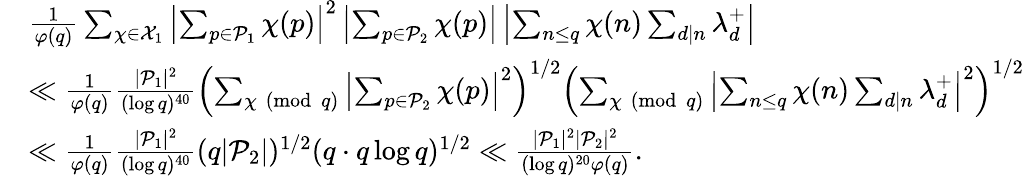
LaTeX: \begin{array}{rl}&{\frac{1}{\varphi(q)}\sum_{\substack{\chi\in\mathcal{X}_{1}}}\left|\sum_{p\in\mathcal{P}_{1}}\chi(p)\right|^{2}\left|\sum_{p\in\mathcal{P}_{2}}\chi(p)\right|\left|\sum_{n\leq q}\chi(n)\sum_{d\mid n}\lambda_{d}^{+}\right|}\\ &{\ll\frac{1}{\varphi(q)}\frac{|\mathcal{P}_{1}|^{2}}{(\log q)^{40}}\left(\sum_{\substack{\chi\pmod q}}\left|\sum_{p\in\mathcal{P}_{2}}\chi(p)\right|^{2}\right)^{1/2}\left(\sum_{\chi\pmod{q}}\left|\sum_{n\leq q}\chi(n)\sum_{d\mid n}\lambda_{d}^{+}\right|^{2}\right)^{1/2}}\\ &{\ll\frac{1}{\varphi(q)}\frac{|\mathcal{P}_{1}|^{2}}{(\log q)^{40}}(q|\mathcal{P}_{2}|)^{1/2}(q\cdot q\log q)^{1/2}\ll\frac{|\mathcal{P}_{1}|^{2}|\mathcal{P}_{2}|^{2}}{(\log q)^{20}\varphi(q)}.}\end{array}